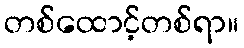
တစ်ထောင့်တစ်ရာ။